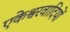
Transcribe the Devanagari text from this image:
एकेश्वरवादियों